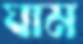
ঘাম